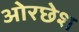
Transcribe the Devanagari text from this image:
ओरछेश